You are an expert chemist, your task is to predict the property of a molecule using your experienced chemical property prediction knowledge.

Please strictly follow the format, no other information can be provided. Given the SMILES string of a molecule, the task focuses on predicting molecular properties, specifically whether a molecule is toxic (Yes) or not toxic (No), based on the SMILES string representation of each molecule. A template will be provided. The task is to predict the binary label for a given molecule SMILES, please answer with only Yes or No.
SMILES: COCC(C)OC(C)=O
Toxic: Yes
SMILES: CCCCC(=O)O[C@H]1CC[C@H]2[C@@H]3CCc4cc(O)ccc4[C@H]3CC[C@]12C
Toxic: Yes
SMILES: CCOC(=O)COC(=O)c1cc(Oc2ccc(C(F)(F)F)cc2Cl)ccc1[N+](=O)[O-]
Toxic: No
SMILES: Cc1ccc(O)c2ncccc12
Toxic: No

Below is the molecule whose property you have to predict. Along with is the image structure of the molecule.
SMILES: O=C(O)c1ccccc1-c1ccc(C(F)(F)F)cc1
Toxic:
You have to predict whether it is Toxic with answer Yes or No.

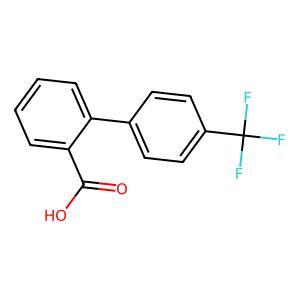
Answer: No